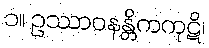
၁။ ဥဿာဝနန္တိကကုဋိ၊